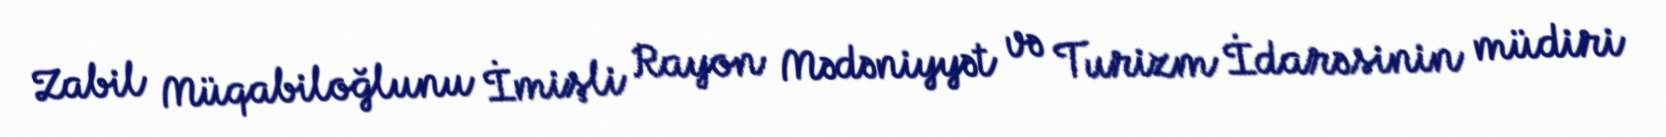
Zabil Müqabiloğlunu İmişli Rayon Mədəniyyət və Turizm İdarəsinin müdiri